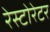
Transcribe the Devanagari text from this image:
रेस्टोरेटर